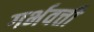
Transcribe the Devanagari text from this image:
गर्भवत्ती